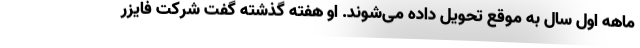
ماهه اول سال به موقع تحویل داده می‌شوند. او هفته گذشته گفت شرکت فایزر